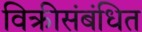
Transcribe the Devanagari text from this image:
विक्रीसंबंधित